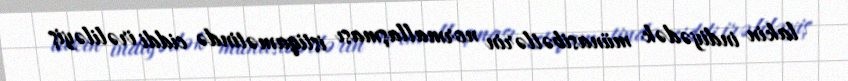
lakin indiyədək münasibətlərin normallaşması istiqamətində ciddi irəliləyiş